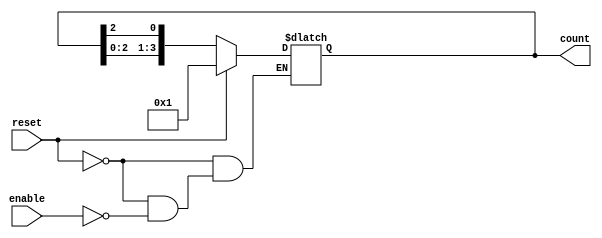
module async_ring_counter (
    input wire reset,         // Asynchronous reset signal
    input wire enable,        // Enable signal to allow counting
    output reg [N-1:0] count  // Output count (N flip-flops)
);
    parameter N = 4; // Number of flip-flops in the ring counter

    // Initial state
    initial begin
        count = 4'b0001; // Initialize the first flip-flop to high
    end

    // Asynchronous reset and state transition
    always @(*) begin
        if (reset) begin
            count = 4'b0001; // Reset to initial state
        end else if (enable) begin
            // Shift the high state to the next flip-flop
            count = {count[N-2:0], count[N-1]}; // Rotate left
            count[0] = count[N-1]; // Feedback from the last flip-flop
        end
    end
endmodule